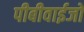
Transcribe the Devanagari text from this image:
पीबीवाईजो